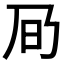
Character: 𪜌